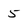
Character: 5